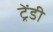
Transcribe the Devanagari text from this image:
ट्रेंडी